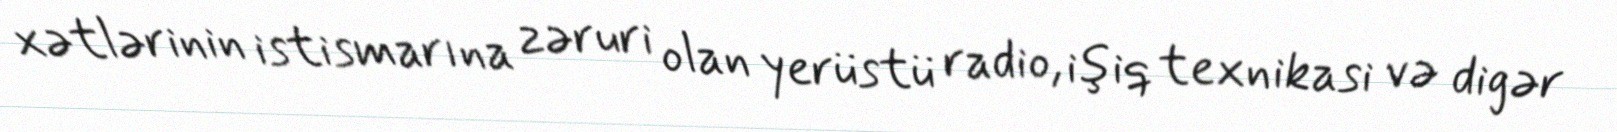
xətlərinin istismarına zəruri olan yerüstü radio, işiq texnikasi və digər